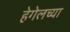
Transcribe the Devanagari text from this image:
हेगेलच्या